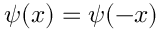
\psi ( x ) = \psi ( - x )